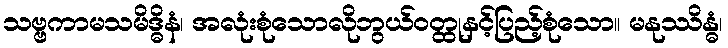
သဗ္ဗကာမသမိဒ္ဓိနံ၊ အလုံးစုံသောလိုဘွယ်ဝတ္ထုနှင့်ပြည့်စုံသော။ မနုဿိန္ဓံ၊